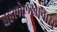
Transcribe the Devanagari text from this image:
बहलोलखानास